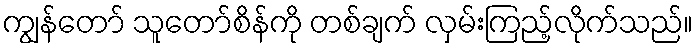
ကျွန်တော် သူတော်စိန်ကို တစ်ချက် လှမ်းကြည့်လိုက်သည်။